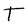
Character: T